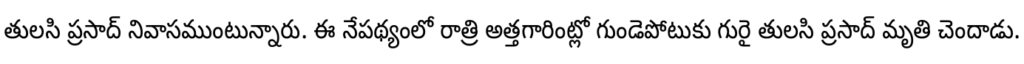
తులసి ప్రసాద్ నివాసముంటున్నారు. ఈ నేపథ్యంలో రాత్రి అత్తగారింట్లో గుండెపోటుకు గురై తులసి ప్రసాద్ మృతి చెందాడు.